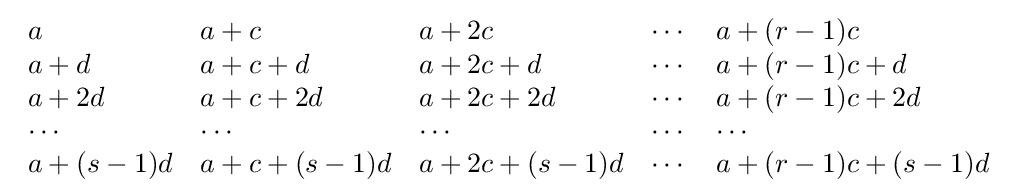
{\begin{array}{lllll}a&a+c&a+2c&\cdots &a+(r-1)c\\a+d&a+c+d&a+2c+d&\cdots &a+(r-1)c+d\\a+2d&a+c+2d&a+2c+2d&\cdots &a+(r-1)c+2d\\\cdots &\cdots &\cdots &\cdots &\cdots \\a+(s-1)d&a+c+(s-1)d&a+2c+(s-1)d&\cdots &a+(r-1)c+(s-1)d\\\end{array}}